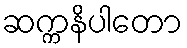
ဆက္ကနိပါတော